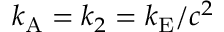
k _ { \mathrm { { A } } } = k _ { 2 } = k _ { \mathrm { { E } } } / c ^ { 2 }